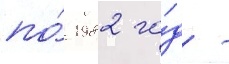
по́ 1982 го́д -